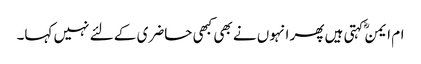
ام ایمنؓ کہتی ہیں پھر انہوں نے بھی کبھی حاضری کے لئے نہیں کہا۔